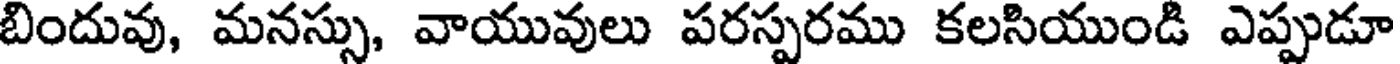
బిందువు, మనస్సు, వాయువులు పరస్పరము కలసియుండి ఎప్పుడూ